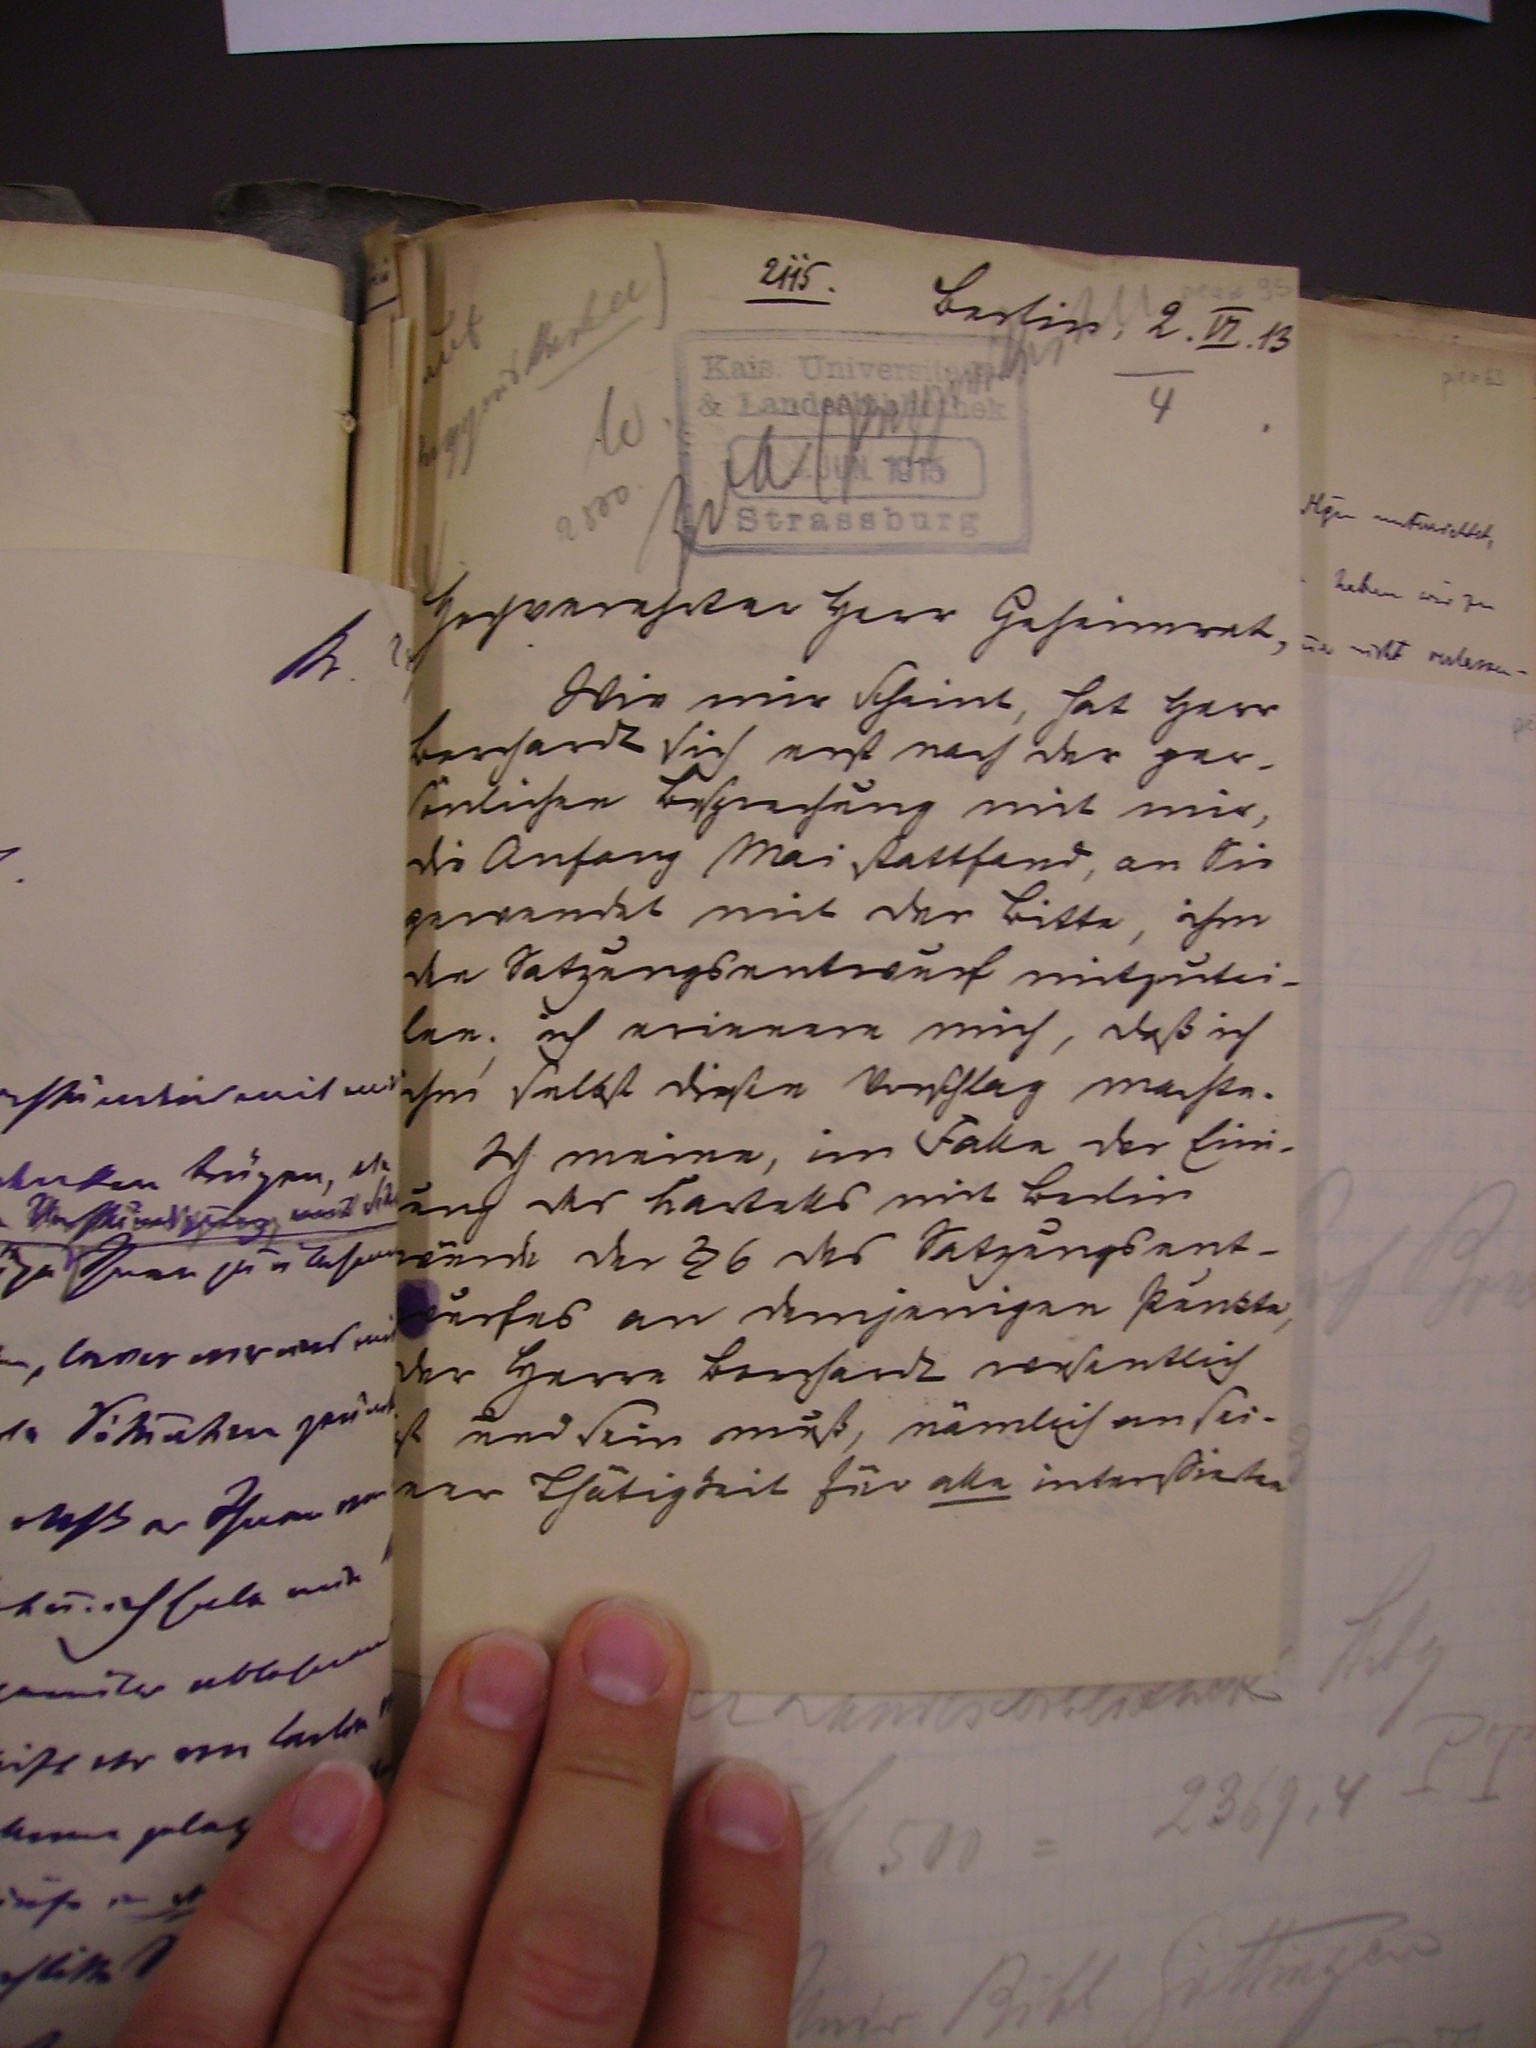
2115.

Berlin, 2.VI.13

Hochgeehrter Herr Geheimrat,
Wie mir scheint, hat Herr
Borchardt sich erst nach der per¬
sönlichen Besprechung mit mir,
die Anfang Mei stattfand, an sie
gewandt mit der Bitte, ihm
den Satzungsentwurf mitzutei¬
len; ich erinnere mich, daß ich
ihm selbst diesen Vorschlag machte.
Ich meine , im Falle der Eini¬
gung des Kartells mit Berlin
würde der §6 des Satzungsent¬
wurfes an demjenigen Punkte,
der Herrn Borchardt wesentlich
ist und sein muß, nämlich an sei¬
ner Thätigkeit für alle intereßierten